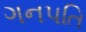
ગનપતિ